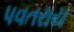
પવતરાય